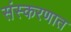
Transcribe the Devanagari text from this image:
संस्करणात